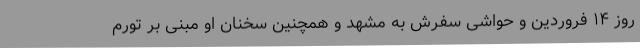
روز ۱۴ فروردین و حواشی سفرش به مشهد و همچنین سخنان او مبنی بر تورم